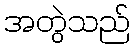
အတွဲသည်